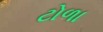
ટોળા